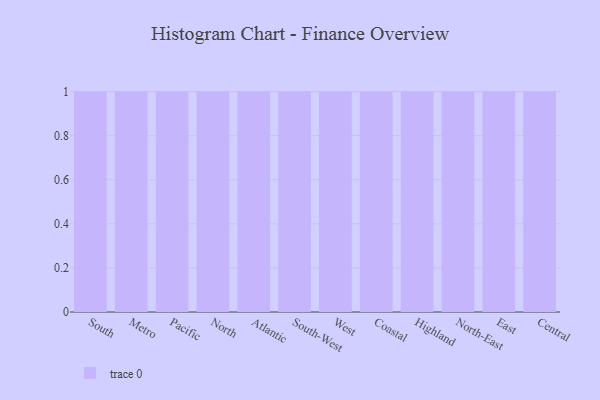
{"axis": {"x": "Region", "y": "Website Visitors"}, "legend": [""], "data": [{"x": "South", "y": 58, "type": ""}, {"x": "Metro", "y": 9, "type": ""}, {"x": "Pacific", "y": 64, "type": ""}, {"x": "North", "y": 38, "type": ""}, {"x": "Atlantic", "y": 45, "type": ""}, {"x": "South-West", "y": 61, "type": ""}, {"x": "West", "y": 24, "type": ""}, {"x": "Coastal", "y": 11, "type": ""}, {"x": "Highland", "y": 75, "type": ""}, {"x": "North-East", "y": 7, "type": ""}, {"x": "East", "y": 5, "type": ""}, {"x": "Central", "y": 47, "type": ""}]}